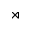
\rtimes